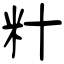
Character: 籵